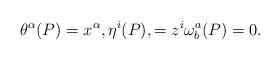
LaTeX: \begin{align*}\theta^\alpha(P) = x^\alpha, \eta^i(P), =z^i \omega^a_b(P)=0.\end{align*}